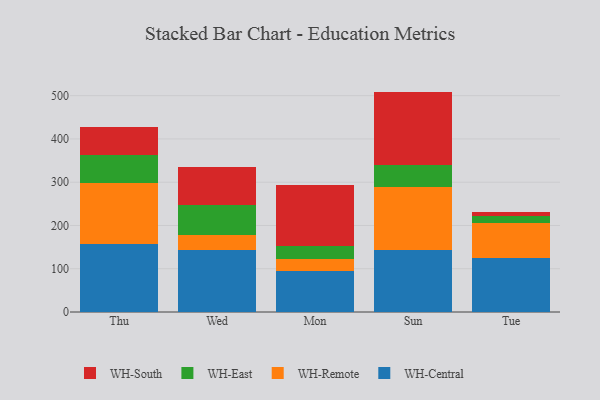
{"axis": {"x": "Day", "y": "Demand Index"}, "legend": ["WH-Central", "WH-East", "WH-Remote", "WH-South"], "data": [{"x": "Thu", "y": 158.2, "type": "WH-Central"}, {"x": "Thu", "y": 139.2, "type": "WH-Remote"}, {"x": "Thu", "y": 66.3, "type": "WH-East"}, {"x": "Thu", "y": 64.6, "type": "WH-South"}, {"x": "Wed", "y": 143.4, "type": "WH-Central"}, {"x": "Wed", "y": 33.7, "type": "WH-Remote"}, {"x": "Wed", "y": 69.8, "type": "WH-East"}, {"x": "Wed", "y": 87.9, "type": "WH-South"}, {"x": "Mon", "y": 93.9, "type": "WH-Central"}, {"x": "Mon", "y": 28.4, "type": "WH-Remote"}, {"x": "Mon", "y": 31.3, "type": "WH-East"}, {"x": "Mon", "y": 139.2, "type": "WH-South"}, {"x": "Sun", "y": 142.9, "type": "WH-Central"}, {"x": "Sun", "y": 145.4, "type": "WH-Remote"}, {"x": "Sun", "y": 51.2, "type": "WH-East"}, {"x": "Sun", "y": 169.9, "type": "WH-South"}, {"x": "Tue", "y": 125.9, "type": "WH-Central"}, {"x": "Tue", "y": 79.5, "type": "WH-Remote"}, {"x": "Tue", "y": 16.0, "type": "WH-East"}, {"x": "Tue", "y": 9.2, "type": "WH-South"}]}